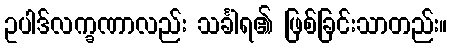
ဥပါဒ်လက္ခဏာလည်း သင်္ခါရ၏ ဖြစ်ခြင်းသာတည်း။